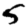
Digit: 5